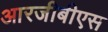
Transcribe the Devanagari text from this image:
आरजीबीएस